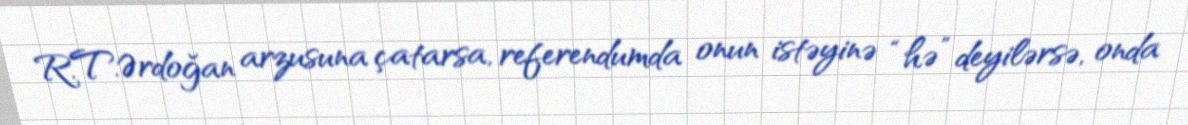
R.T.Ərdoğan arzusuna çatarsa, referendumda onun istəyinə “hə” deyilərsə, onda